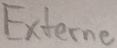
Text: Externe